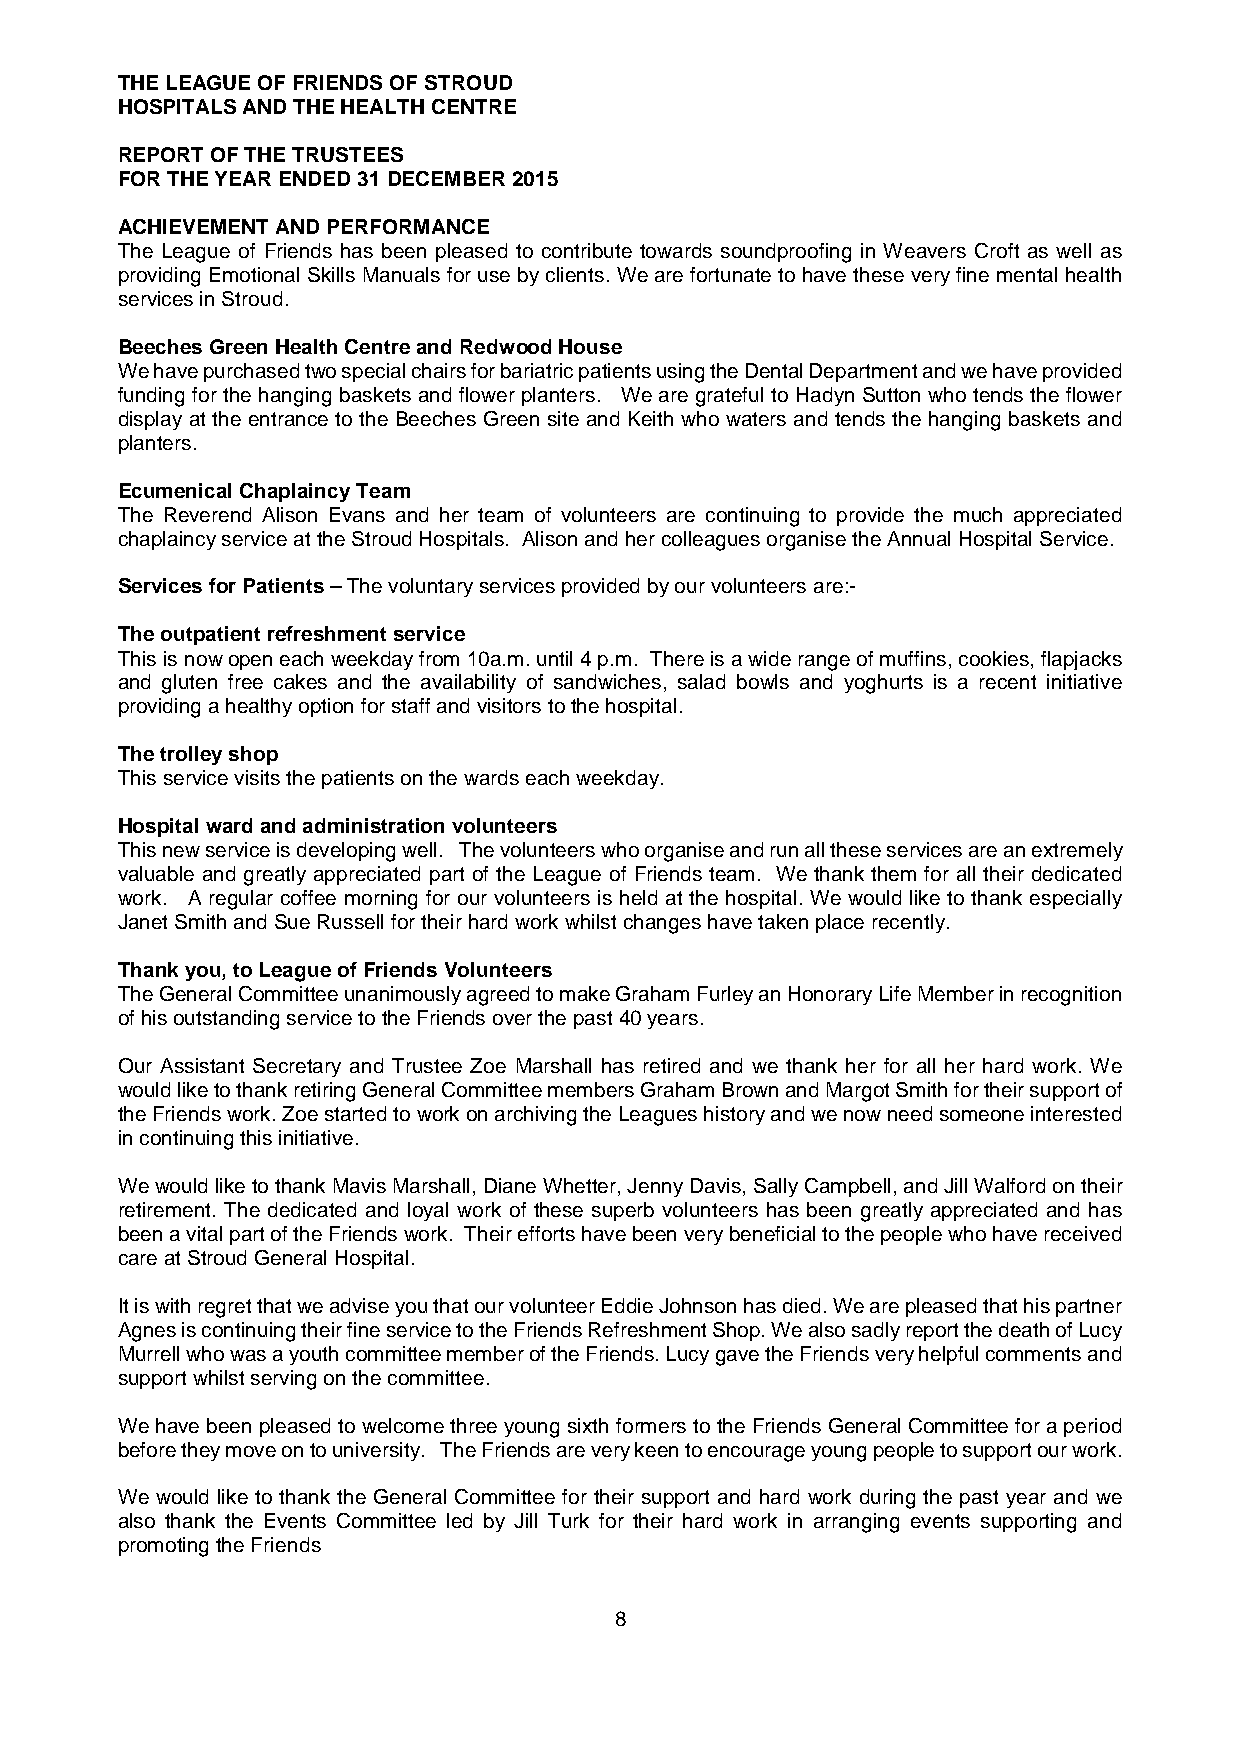
THE LEAGUE OF FRIENDS OF STROUD
 HOSPITALS AND THE HEALTH CENTRE
 REPORT OF THE TRUSTEES
 FOR THE YEAR ENDED 31DECEMBER2015
 ACHIEVEMENT AND PERFORMANCE
 The League of Friends has been pleased to contribute towards soundproofing in Weavers Croft as well as
 providing Emotional Skills Manuals for use by clients. We are fortunate to have these very fine mental health
 services in Stroud.
 Beeches Green Health Centre and Redwood House
 We have purchased two special chairs for bariatric patients using the Dental Department and we have provided
 funding for the hanging baskets and flower planters. We are grateful to Hadyn Sutton who tends the flower
 display at the entrance to the Beeches Green site and Keith who waters and tends the hanging baskets and
 planters.
 Ecumenical Chaplaincy Team
 The Reverend Alison Evans and her team of volunteers are continuing to provide the much appreciated
 chaplaincy service at the Stroud Hospitals. Alison and her colleagues organise the Annual Hospital Service.
 Services for Patients–The voluntary services provided by our volunteers are:-
 The outpatient refreshment service
 This is nowopen each weekday from 10a.m. until 4 p.m. There is a wide range of muffins, cookies, flapjacks
 and gluten free cakes and the availability of sandwiches, salad bowls and yoghurts is a recent initiative
 providing a healthy option for staff and visitors tothe hospital.
 The trolley shop
 This service visits the patients on the wards each weekday.
 Hospital ward and administration volunteers
 This new service is developing well. The volunteers who organise and run all these services are an extremely
 valuable and greatly appreciated part of the League of Friends team. We thank them for all their dedicated
 work. A regular coffee morning for our volunteers is held at the hospital. We would like to thank especially
 Janet Smith and Sue Russell for theirhard work whilst changes have taken place recently.
 Thank you, to League of Friends Volunteers
 The General Committee unanimously agreed to make Graham Furley an Honorary Life Member in recognition
 of his outstanding service to the Friends over the past40 years.
 Our Assistant Secretary and Trustee Zoe Marshall has retired and we thank her for all her hard work. We
 would like to thank retiring General Committee members Graham Brown and Margot Smith for their support of
 the Friends work. Zoe started to work on archiving the Leagues history and we now need someone interested
 in continuing this initiative.
 We would like to thank Mavis Marshall, Diane Whetter, Jenny Davis, Sally Campbell, and Jill Walford on their
 retirement. The dedicated and loyal work of these superb volunteers has been greatly appreciated and has
 been a vital part of the Friends work. Their efforts have been very beneficial to the people who have received
 care at Stroud General Hospital.
 It is with regret that we advise you that our volunteer Eddie Johnson has died. We are pleased that his partner
 Agnes is continuing their fine service to the Friends Refreshment Shop. We also sadly report the death of Lucy
 Murrell who was a youth committee member of the Friends. Lucy gave the Friends very helpful comments and
 support whilst serving on the committee.
 We have been pleased to welcome three young sixth formers to the Friends General Committee for a period
 before they move on to university. The Friends are very keen to encourage young people to support our work.
 We would like to thank the General Committee for their support and hard work during the past year and we
 also thank the Events Committee led by Jill Turk for their hard work in arranging events supporting and
 promoting the Friends
 8